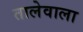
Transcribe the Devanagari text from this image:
तालेवाला